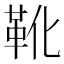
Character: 靴